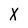
Character: x